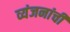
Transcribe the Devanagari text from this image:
व्यंजनांची